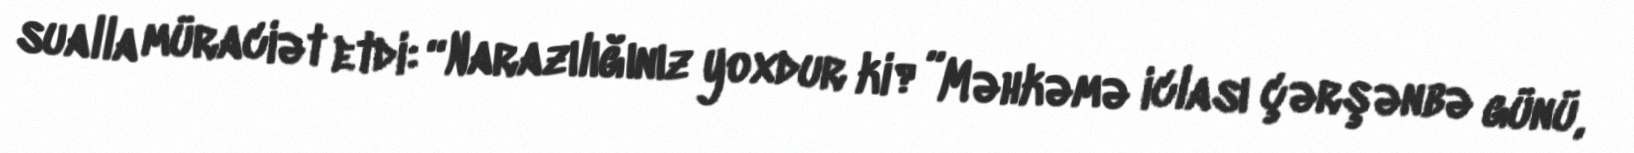
sualla müraciət etdi: “Narazılığınız yoxdur ki?”Məhkəmə iclası çərşənbə günü,